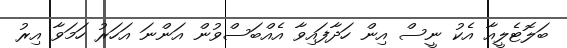
ބަލޮޓެލީއާ އެކު ނީސް އިން ހަދާފައިވާ އެއްބަސްވުން އަންނަ އަހަރު ހަމަވާ އިރު